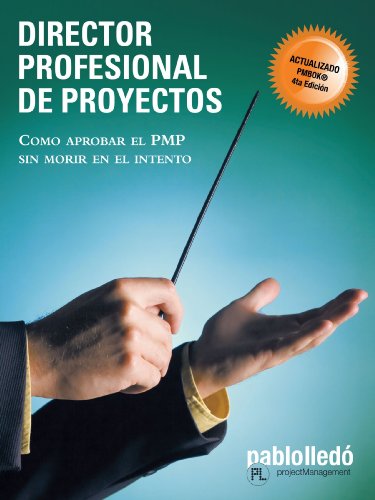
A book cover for Director Profesional de Proyectos: CÃ³mo aprobar el PMP sin morir en el intento (Spanish Edition); Pablo LledÃ³; Test Preparation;